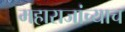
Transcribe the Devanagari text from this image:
महाराजांच्याच